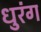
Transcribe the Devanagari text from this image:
धुरंग